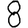
Digit: 8